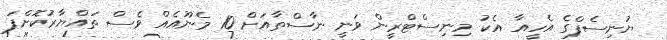
ޔުނިސެފްގެ އެހީއާ އެކު މިނިސްޓްރީން ވަނީ ނާސްތާއަށް 10 މެނޫއެއް ވެސް ތައްޔާރުކޮށްފަ